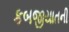
કબજીયાતની